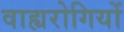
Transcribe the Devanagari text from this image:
वाह्यरोगियों